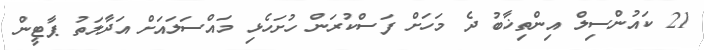
21 ކައުންސިލް އިންތިޚާބު ދެ މަހަށް ފަސްކުރަން ހުށަހެޅި މައްސަލައަށް އަދާލަތު ޕާޓީން